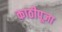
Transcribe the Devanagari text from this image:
काठीपूजा